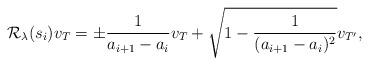
LaTeX: \begin{align*}\mathcal{R}_\lambda(s_i)v_T=\pm\frac{1}{a_{i+1}-a_{i}}v_{T}+\sqrt{1-\frac{1}{(a_{i+1}-a_{i})^2}}v_{T'},\end{align*}